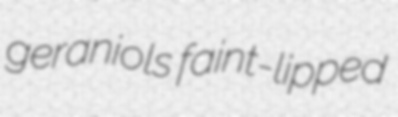
geraniols faint-lipped